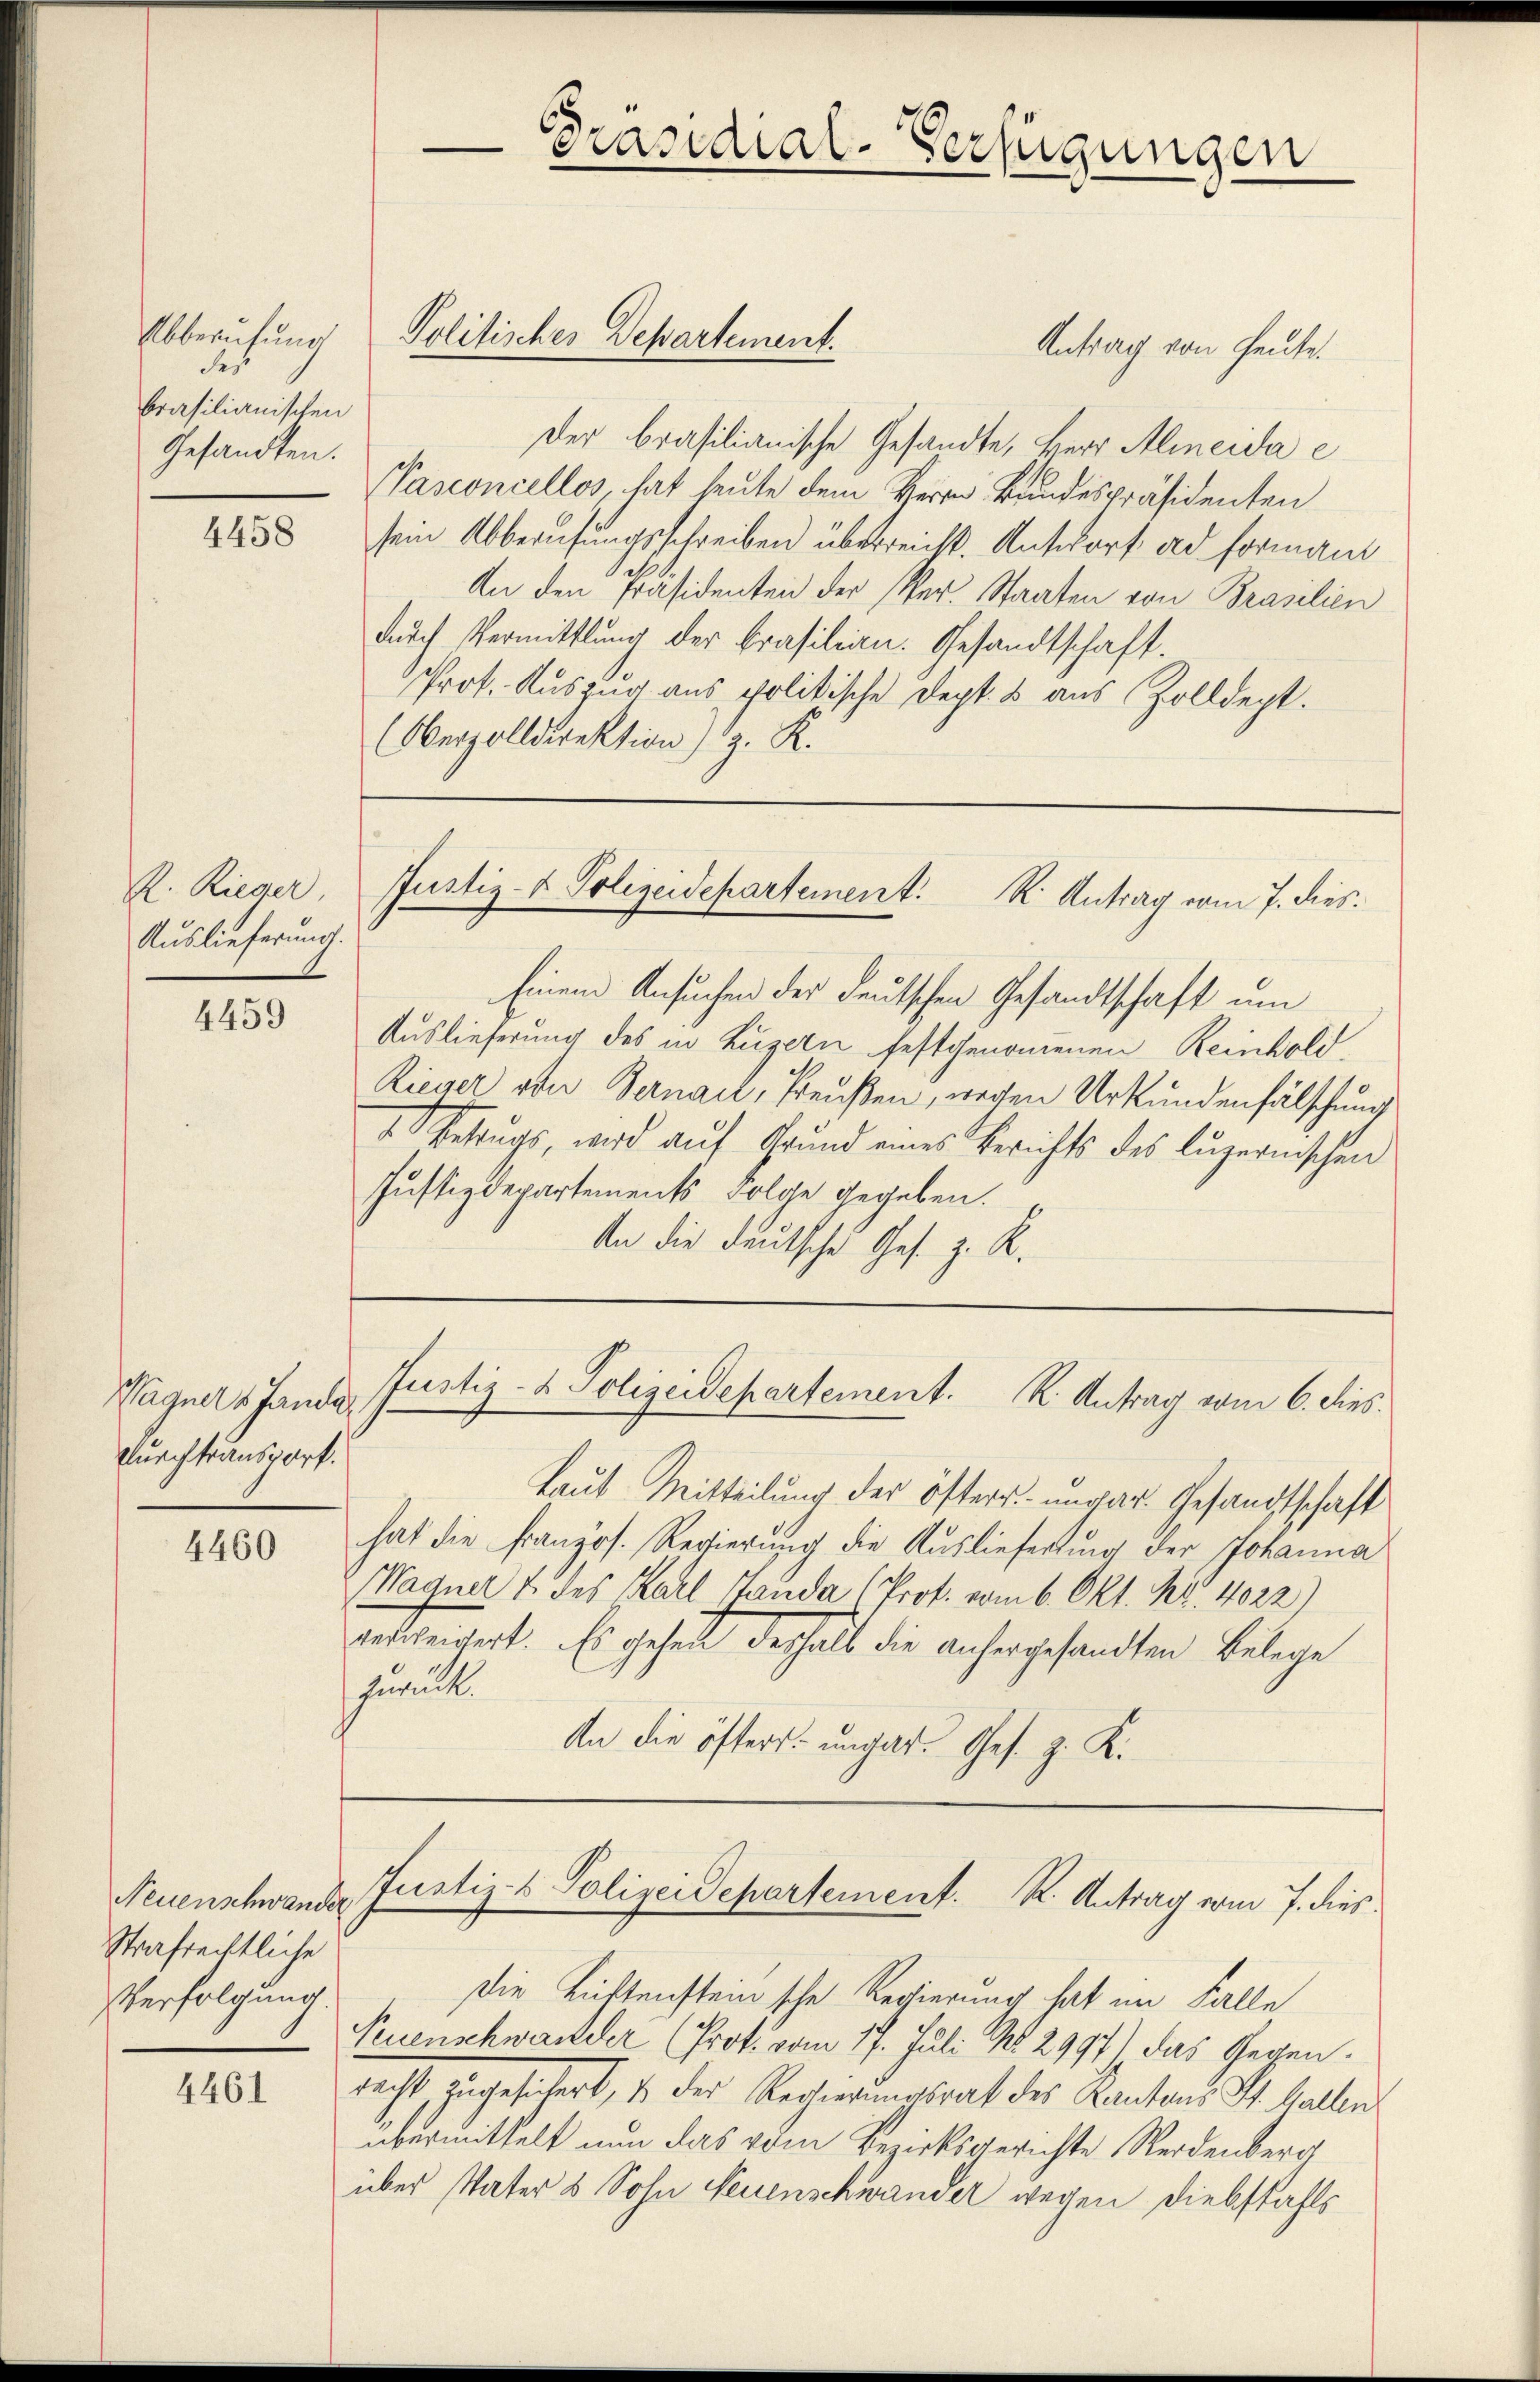
Abberufung
des
brasilianischen
Gesandten.

4458

R. Rieger
Auslieferung.

4459

Wagners Jandar
Durchtransport.

4460

Neuenschwander
Strafrechtliche
Verfolgung.

4461

Antrag von heute.
Der brasilianische Gesandte, Herr Alineide e
Pasconcellos hat heute dem Herrn Bundespräsidenten
sein Abberufungsschreiben überreicht. Antwort ad forman
An den Präsidenten der Per. Staaten von Brasilien
durch Vermittlung der Brasilian. Gesandtschaft.
Prot. Aŭszŭr aŭs Politische Dept. u aŭs Zolldept.
Oberzolldirektion) z. R.

Einem Ansuchen der deutschen Gesandtschaft um
Auslieferung des in Luzern festgenommenen Reinhold,
Rieger von Bernau, Preußen, wegen Urkundenfälschung
Betrugs, wird aŭf Grund eines Berichts des Lŭzernischen
Justizdepartements Folge gegeben.
An die deutsche Ges. z. R.

Präsidial-Verfügungen

Politisches Departement.

Justiz- & Polizeidepartement. R. Antrag vom 7. dies¬

Justiz- & Polizeidepartement. K. Antrag vom 6. dies

Justiz- & Polizeidepartement. K. Antrag vom 7. dies

Laut Mitteilung der öfters ungar. Gesandtschaft
hat die französ. Regierung die Auslieferung der Johanna
Wagner & des Karl Landa (Prof. vom 6. Okt. Nr. 4022)
verbeitert. Es gehen deshalb die anhergesandten Belege
zuruck.
An die öfters ungar. Ges. z. K.

Die Lüftensteinsche Regierung hat im Falle
Puenschwander (Prot. vom 17. Juli No 2997) das Gegendacht, zugesichert, so des Rechnerratsrat des Kantons St. Gallen
übermittelt nun das vom Bezirksgerichte Werdenberg
über Vater & Sohn Neuenschwander wegen Diebstahls